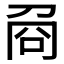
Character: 𠱛